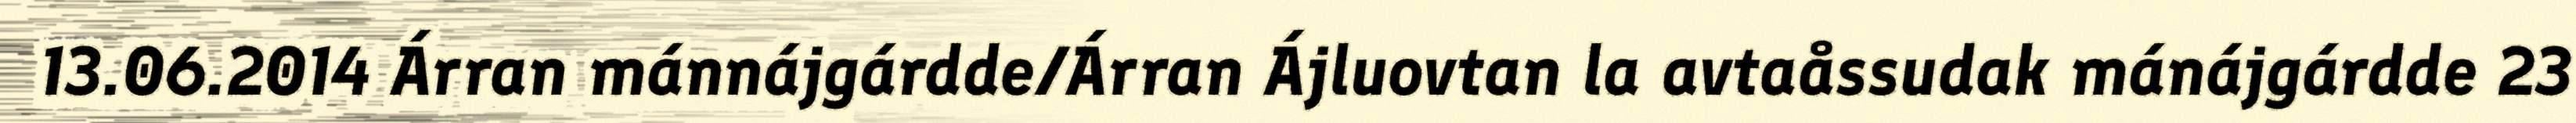
13.06.2014 Árran mánnájgárdde/Árran Ájluovtan la avtaåssudak mánájgárdde 23